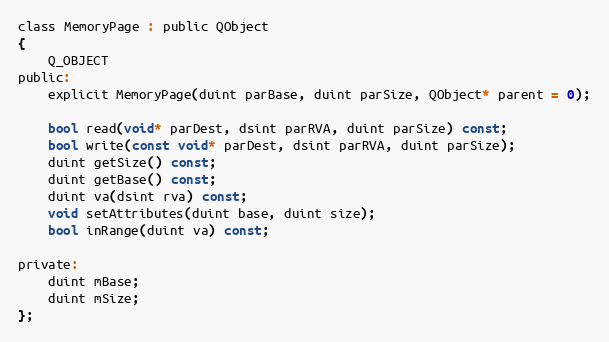
Language: C
class MemoryPage : public QObject
{
    Q_OBJECT
public:
    explicit MemoryPage(duint parBase, duint parSize, QObject* parent = 0);

    bool read(void* parDest, dsint parRVA, duint parSize) const;
    bool write(const void* parDest, dsint parRVA, duint parSize);
    duint getSize() const;
    duint getBase() const;
    duint va(dsint rva) const;
    void setAttributes(duint base, duint size);
    bool inRange(duint va) const;

private:
    duint mBase;
    duint mSize;
};